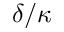
\delta / \kappa